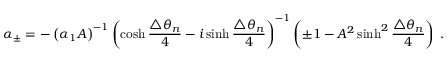
\alpha _ { \pm } = - \left( \alpha _ { 1 } A \right) ^ { - 1 } \left( \cosh \frac { \triangle \theta _ { n } } { 4 } - i \sinh \frac { \triangle \theta _ { n } } { 4 } \right) ^ { - 1 } \left( \pm 1 - A ^ { 2 } \sinh ^ { 2 } \frac { \triangle \theta _ { n } } { 4 } \right) \; .